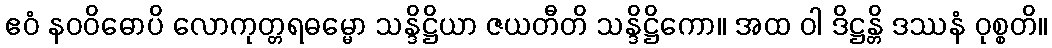
ဧဝံ နဝဝိဓောပိ လောကုတ္တရဓမ္မော သန္ဒိဋ္ဌိယာ ဇယတီတိ သန္ဒိဋ္ဌိကော။ အထ ဝါ ဒိဋ္ဌန္တိ ဒဿနံ ဝုစ္စတိ။